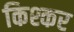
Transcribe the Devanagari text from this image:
किश्कर